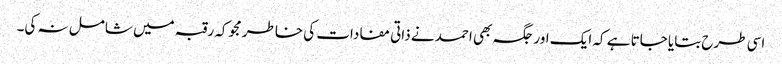
اسی طرح بتایا جاتا ہے کہ ایک اور جگہ بھی احمد نے ذاتی مفادات کی خاطر مجوکہ رقبہ میں شامل نہ کی۔